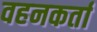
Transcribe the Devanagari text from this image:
वहनकर्ता